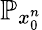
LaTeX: \mathbb{P}_{x_{0}^{n}}